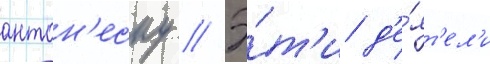
антон'еску // Э́т'и д'е́ят'ел'и